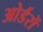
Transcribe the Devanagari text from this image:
ओर्डरों